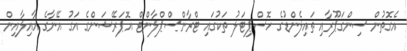
އެގޮތުން ސިންގަޕޫރާއި ތައިލެންޑުގެ ހޮސްޕިޓަލު ތަކުގައި ޓްރާންސްޕްލާންޓް އޮޕަރޭޝަންގެ އަގު އޭނާގެ އާއިލާއިން